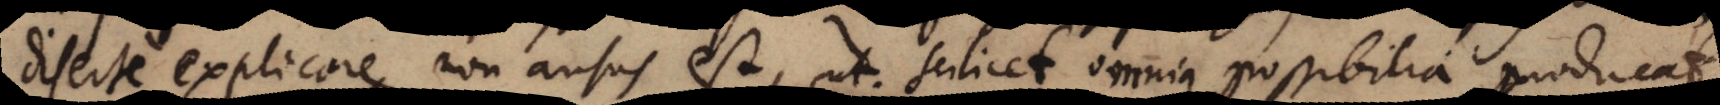
diserte explicare non ausus est, ut scilicet omnia possibilia producat